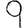
Digit: 9